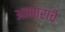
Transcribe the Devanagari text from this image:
आभाराचे